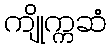
ကျိုက္ကဆံ